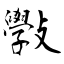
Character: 斅